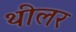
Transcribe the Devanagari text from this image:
थीलर